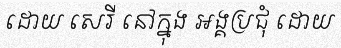
ដោយ សេរី នៅក្នុង អង្គប្រជុំ ដោយ